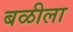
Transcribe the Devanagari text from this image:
बळीला